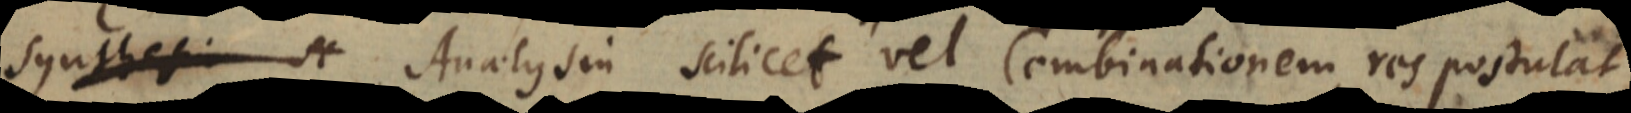
synthesin sc Analysin scilicet vel Combinationem, res postulat